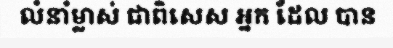
លំនាំម្លាស់ ជាពិសេស អ្នក ដែល បាន